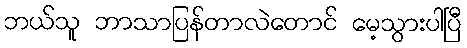
ဘယ်သူ ဘာသာပြန်တာလဲတောင် မေ့သွားပါပြီ